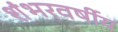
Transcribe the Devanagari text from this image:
शंभरवर्षीय